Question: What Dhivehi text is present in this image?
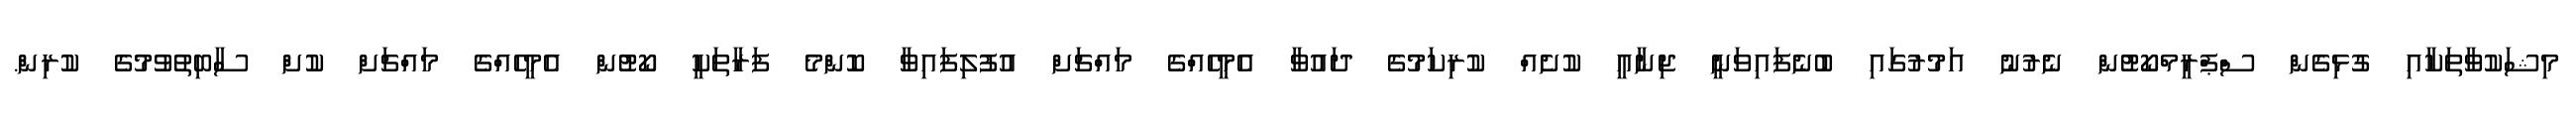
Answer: މިޝަކުވާތަކާއި ގުޅިގެން ސްޕްރީމްކޯޓުން ނެރުނު އަމުރުގައި ބުނެފައިވަނީ ޖިނާއީ ކުށެއް ކުރިކަމުގެ ދައުވާ އެމީހެއްގެ މައްޗަށް އުފުލިފައިވާ ކޮންމެ ފަރާތަކީ ކޯޓުން އެމީހެއްގެ މައްޗަށް ކުށް ސާބިތުވުމުގެ ކުރިން.